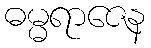
ဓမ္မရာဇေန